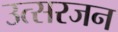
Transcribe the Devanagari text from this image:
उत्सरजन